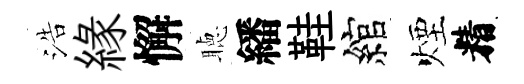
浩緣懈聴繙鞋綰煙精